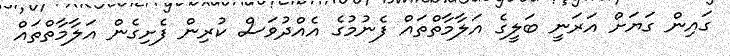
ގައިން ގަޔަށް އަރަނީ ބަލީގެ އަލާމާތްތައް ފެނުމުގެ އެއްދުވަސް ކުރިން ފެށިގެން އަލާމާތްތައް